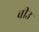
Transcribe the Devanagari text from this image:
बीउ